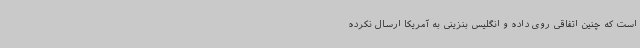
است که چنین اتفاقی روی داده و انگلیس بنزینی به آمریکا ارسال نکرده